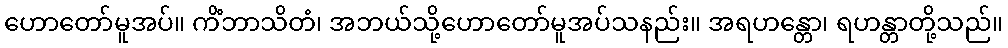
ဟောတော်မူအပ်။ ကိံဘာသိတံ၊ အဘယ်သို့ဟောတော်မူအပ်သနည်း။ အရဟန္တော၊ ရဟန္တာတို့သည်။